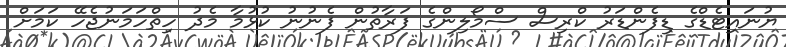
ޔުނައިޓެޑްގެ ޑިފެންޑަރު ކްރިސް ސްމޯލިންގެ ފަރާތުން ފެނުނު ކުޅުމާ މެދު ހިތްހަމަނުޖެހޭ ކަމަށް